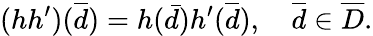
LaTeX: (hh^{\prime})(\overline{{{d}}})=h(\bar{d})h^{\prime}(\overline{{{d}}}),\quad\overline{{{d}}}\in\overline{{{D}}}.